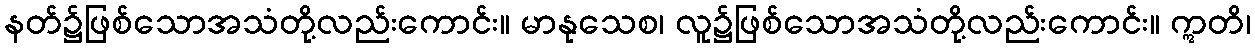
နတ်၌ဖြစ်သောအသံတို့လည်းကောင်း။ မာနုသေစ၊ လူ၌ဖြစ်သောအသံတို့လည်းကောင်း။ ဣတိ၊